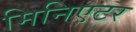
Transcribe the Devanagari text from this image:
मिनिएटर